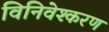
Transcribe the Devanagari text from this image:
विनिवेश्करण